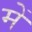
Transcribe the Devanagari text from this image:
में